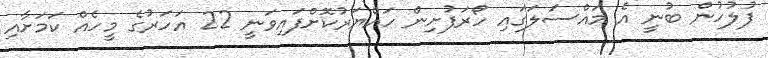
ފުލުހުން ބުނީ އެ މައްސަލަގައި ހޯރަފުށިން ހައްޔަރުކޮށްފައިވަނީ 22 އަހަރުގެ މީހެއް ކަމަށާއި